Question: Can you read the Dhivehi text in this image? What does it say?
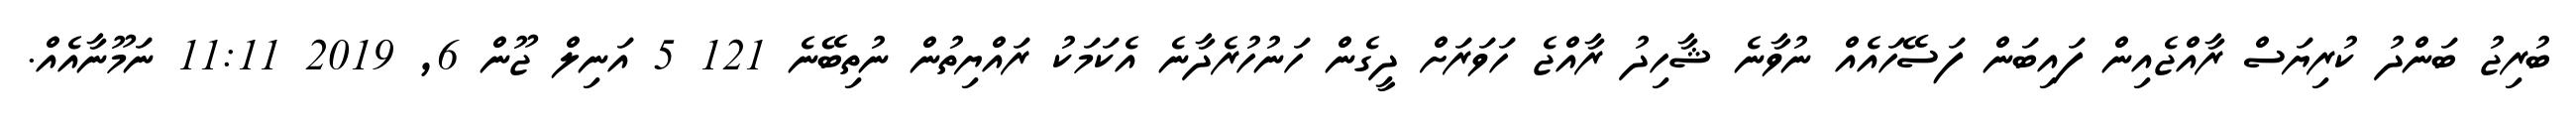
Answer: ބުރިޖު ބަންދު ކުރިޔަސް ރާއްޖެއިން ފައިބަން ފަސޭހައެއް ނުވާނެ ޝާހިދު ރާއްޖެ ހަވަރަށް ދީގެން ހަނުހުރެދާނެ އެކަމަކު ރައްޔިތުން ނުތިބޭނެ 121 5 އަނިލް ޖޫން 6, 2019 11:11 ނަމޫނާއެއް.